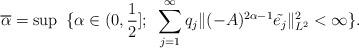
LaTeX: \begin{align*}\overline{\alpha}=\sup~\{\alpha\in(0,\frac12];~\sum_{j=1}^{\infty}q_j\|(-A)^{2\alpha-1}\tilde{e_j}\|_{L^2}^2<\infty\}.\end{align*}